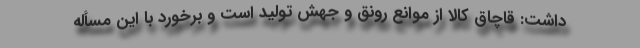
داشت: قاچاق کالا از موانع رونق و جهش تولید است و برخورد با این مسأله